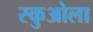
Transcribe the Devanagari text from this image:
स्कुओला